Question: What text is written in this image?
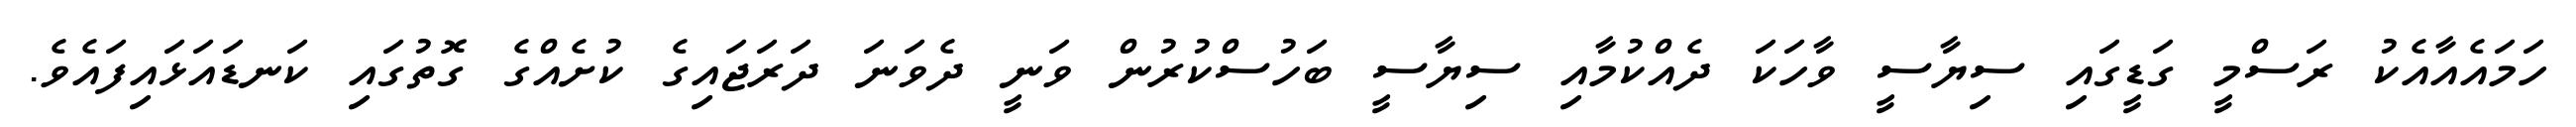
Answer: ހަމައެއާއެކު ރަސްމީ ގަޑީގައި ސިޔާސީ ވާހަކަ ދެއްކުމާއި ސިޔާސީ ބަހުސްކުރުން ވަނީ ދެވަނަ ދަރަޖައިގެ ކުށެއްގެ ގޮތުގައި ކަނޑައަޅައިފައެވެ.